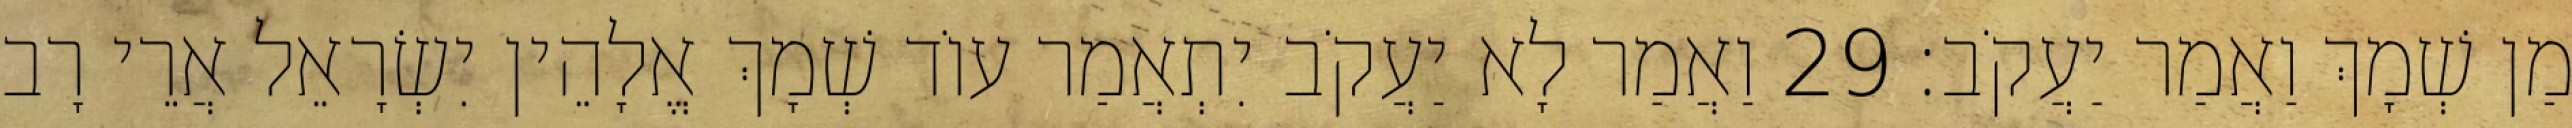
מַן שְׁמָךְ וַאֲמַר יַעֲקֹב׃ 29 וַאֲמַר לָא יַעֲקֹב יִתְאֲמַר עוֹד שְׁמָךְ אֱלָהֵין יִשְׂרָאֵל אֲרֵי רָב